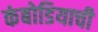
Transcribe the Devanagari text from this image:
कंबोडियाची